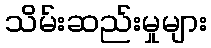
သိမ်းဆည်းမှုများ